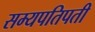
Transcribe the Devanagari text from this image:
सम्यपतिपती